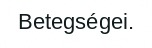
Betegségei.